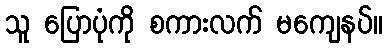
သူ ပြောပုံကို စကားလက် မကျေနပ်။